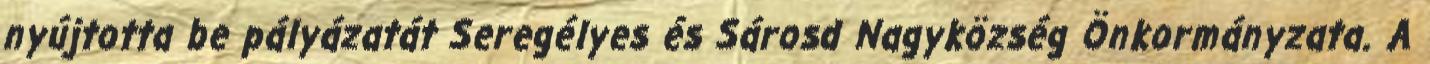
nyújtotta be pályázatát Seregélyes és Sárosd Nagyközség Önkormányzata. A